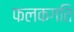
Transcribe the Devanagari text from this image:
फलकगति